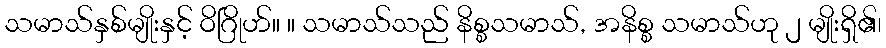
သမာသ်နှစ်မျိုးနှင့် ဝိဂြိုဟ်။ ။ သမာသ်သည် နိစ္စသမာသ်, အနိစ္စ သမာသ်ဟု ၂ မျိုးရှိ၏၊